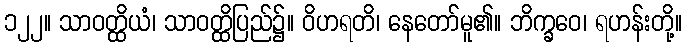
၁၂၂။ သာဝတ္ထိယံ၊ သာဝတ္ထိပြည်၌။ ဝိဟရတိ၊ နေတော်မူ၏။ ဘိက္ခဝေ၊ ရဟန်းတို့။